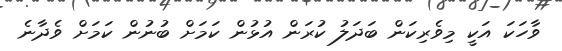
ވާހަކަ އަކީ މިވެރިކަން ބަދަލު ކުރަން އުޅުން ކަމަށް ބުނުން ކަމަށް ވެދާނެ